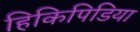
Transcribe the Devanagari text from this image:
हिकिपिडिया